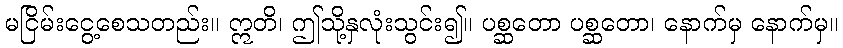
မငြိမ်းငွေ့စေသတည်း။ ဣတိ၊ ဤသို့နှလုံးသွင်း၍။ ပစ္ဆတော ပစ္ဆတော၊ နောက်မှ နောက်မှ။